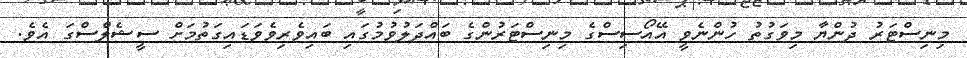
މިނިސްޓަރު ދުންޔާ މިވަގުތު ހުންނެވީ އޭއޯސިސްގެ މިނިސްޓަރުންގެ ބައްދަލުވުމުގައި ބައިވެރިވެވަޑައިގަތުމަށް ސީޝެލްސްގަ އެވެ.